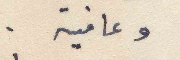
وعافية .